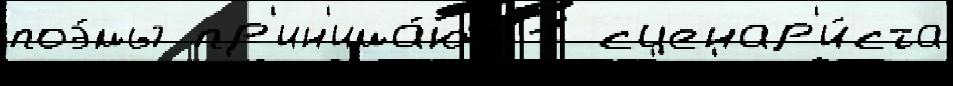
поэ́мы пр'ин'има́ют 1 сценар'и́ста